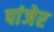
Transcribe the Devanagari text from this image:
पांजेर